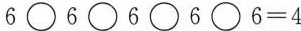
6\Box6\Box6\Box6\Box6=4